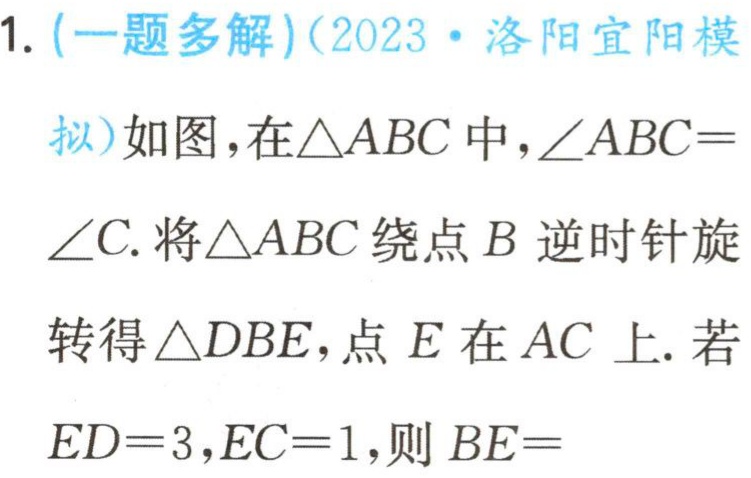
1. (一题多解)(2023·洛阳宜阳模

拟)如图，在$\triangle ABC$中，$\angle ABC = \angle C$. 将$\triangle ABC$绕点$B$逆时针旋

转得$\triangle DBE$，点$E$在$AC$上. 若

$ED = 3$，$EC = 1$，则$BE=$